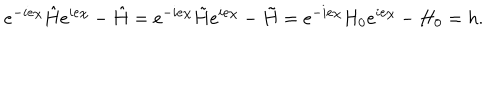
e ^ { - i e \chi } \hat { H } e ^ { i e \chi } - \hat { H } = e ^ { - i e \chi } \tilde { H } e ^ { i e \chi } - \tilde { H } = e ^ { - i e \chi } H _ { 0 } e ^ { i e \chi } - H _ { 0 } = h .